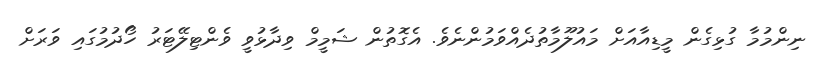
ނިންމުމާ ގުޅިގެން މީޑިއާއަށް މައުލޫމާތުދެއްވަމުންނެވެ. އެގޮތުން ޝަމީމް ވިދާޅުވީ ވެންޓިލޭޓަރު ހޯދުމުގައި ވަރަށް